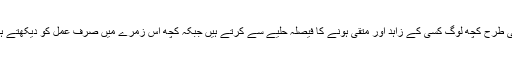
اسی طرح کچھ لوگ کسی کے زاہد اور متقی ہونے کا فیصلہ حلیے سے کرتے ہیں جبکہ کچھ اس زمرے میں صرف عمل کو دیکھتے ہیں۔